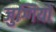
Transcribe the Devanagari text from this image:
जुग्गियों